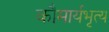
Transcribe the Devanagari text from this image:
कौमार्यभृत्य